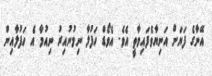
އޭނާގެ ފަޔަށް އަނިޔާވެފައިވާތީ އެވެ. އެވޯޑް ހަފުލާ ނިމުނުއިރު ނިއުމާ އެ ހަފުލާއިން